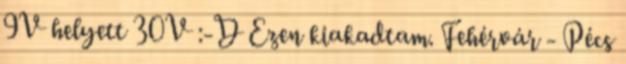
9V helyett 30V :-D Ezen kiakadtam. Fehérvár - Pécs